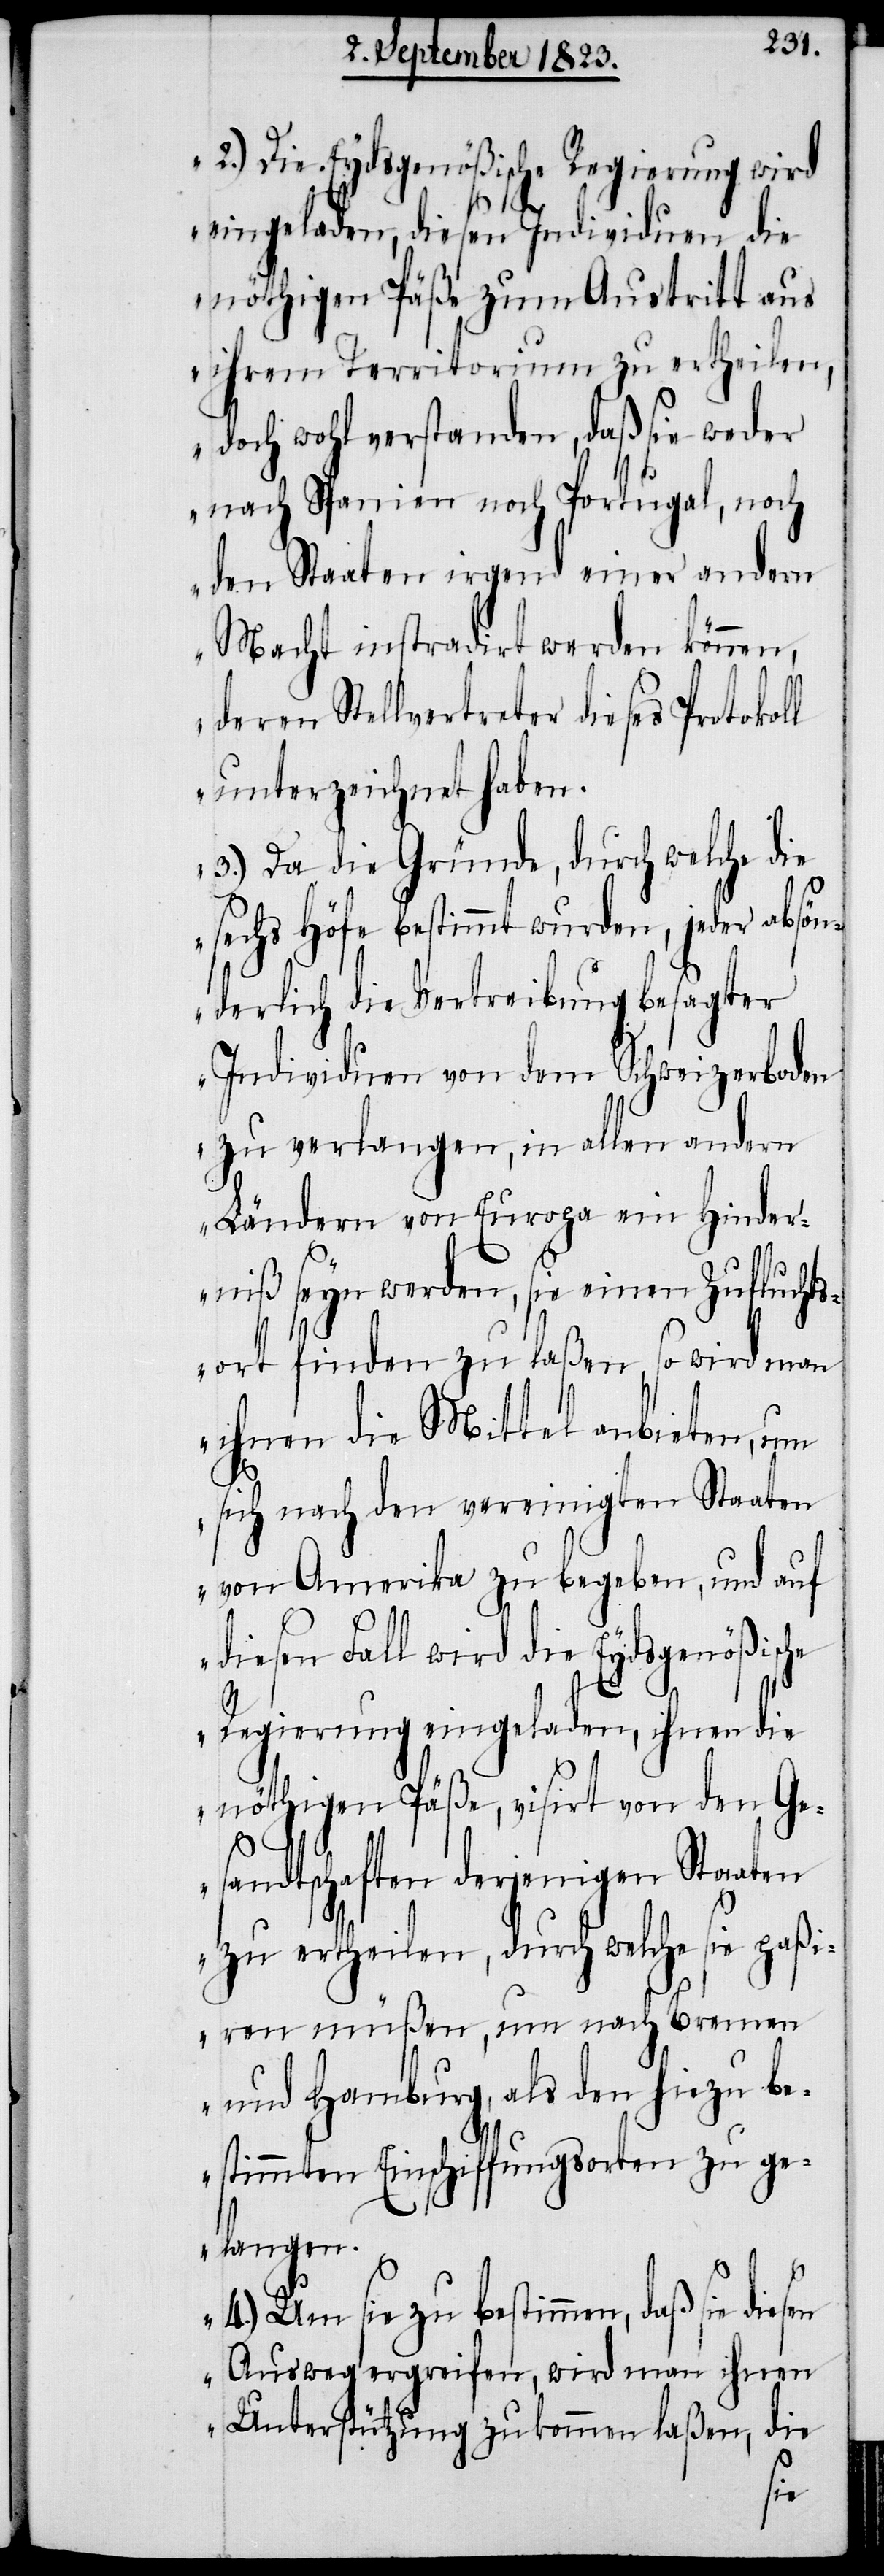
2.) Die Eydsgenößische Regierung wird
eingeladen, diesen Individuen die
nöthigen Päße zum Austritt aus
ihrem Territorium zu ertheilen,
doch wohl verstanden, daß sie weder
nach Spanien noch Portugal, noch
den Staaten irgend einer andern
Macht instradirt werden können,
deren Stellvertreter dieses Protokol¬
l unterzeichnet haben.
3.) Da die Gründe, durch welche die
sechs Höfe bestimmt wurden, jeder absön¬
derlich die Vertreibung besagter
Individuen von dem Schweizerboden
zu verlangen, in allen andern
Ländern von Europa ein Hinder¬
niß seyn werden, sie einen Zufluchts¬
ort finden zu laßen, so wird man
ihnen die Mittel anbieten, um
sich nach den vereinigten Staaten
von Amerika zu begeben, und auf
diesen Fall wird die Eydsgenößisc¬
he
Regierung eingeladen, ihnen die
nöthigen Päße, visirt von den Ge¬
sandtschaften derjenigen Staaten
zu ertheilen, durch welche sie paßi¬
ren müßen, um nach Bremen
und Hamburg, als den hiezu be¬
stimmten Einschiffungsorten zu ge¬
langen.
4.) Um sie zu bestimmen, daß
Ausweg ergreifen, wird man ihnen
Unterstützung zukommen laßen, die
sie